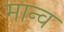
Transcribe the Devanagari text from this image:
मान्व